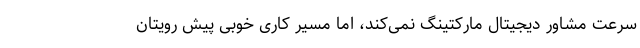
سرعت مشاور دیجیتال مارکتینگ نمی‌کند، اما مسیر کاری خوبی پیش رویتان